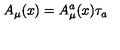
A _ { \mu } ( x ) = A _ { \mu } ^ { a } ( x ) \tau _ { a }